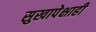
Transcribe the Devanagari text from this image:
सुखापेक्षाही